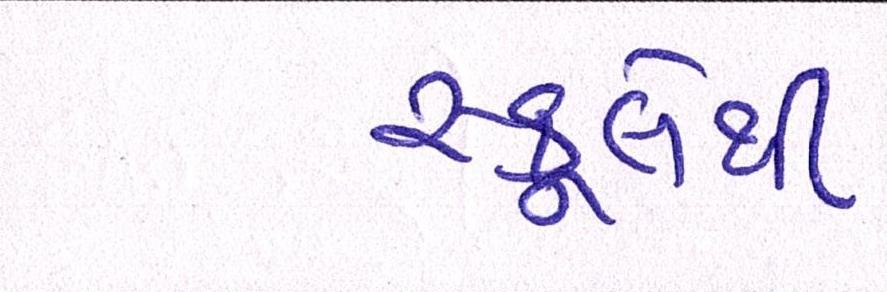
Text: સ્કૂલેથી